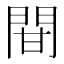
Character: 𨳼